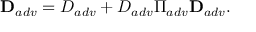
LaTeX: { \bf D } _ { a d v } = D _ { a d v } + D _ { a d v } \Pi _ { a d v } { \bf D } _ { a d v } .